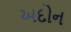
અદોન